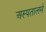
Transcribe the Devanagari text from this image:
अस्पतालमे